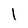
Character: l